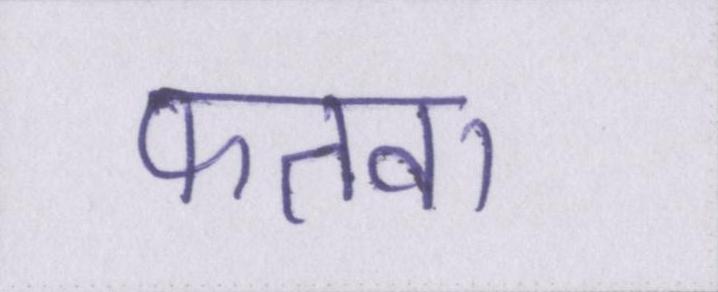
फतवा